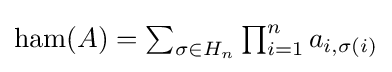
{\textstyle \operatorname {ham} (A)=\sum _{\sigma \in H_{n}}\prod _{i=1}^{n}a_{i,\sigma (i)}}